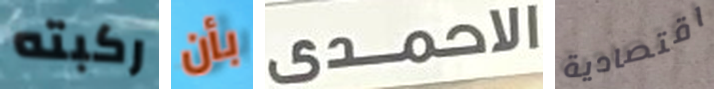
ركبته بأن الاحمدى اقتصادية